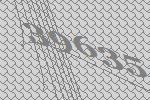
39635